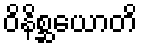
ဝိနိစ္ဆယောတိ